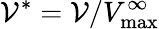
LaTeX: {\mathcal{V}}^{\ast}={\mathcal{V}}/V_{\mathrm{max}}^{\infty}